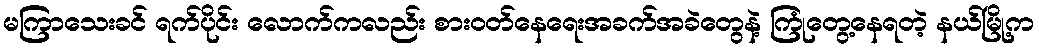
မကြာသေးခင် ရက်ပိုင်း လောက်ကလည်း စားဝတ်နေရေးအခက်အခဲတွေနဲ့ ကြုံတွေ့နေရတဲ့ နယ်မြို့က